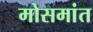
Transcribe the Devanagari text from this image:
मोसमांत